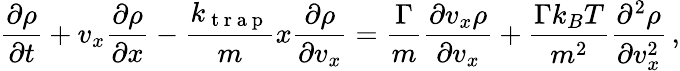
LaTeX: \frac{\partial\rho}{\partial t}+v_{x}\frac{\partial\rho}{\partial x}-\frac{k_{\mathrm{~t~r~a~p~}}}{m}x\frac{\partial\rho}{\partial v_{x}}=\frac{\Gamma}{m}\frac{\partial v_{x}\rho}{\partial v_{x}}+\frac{\Gamma k_{B}T}{m^{2}}\frac{\partial^{2}\rho}{\partial v_{x}^{2}}\, ,